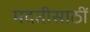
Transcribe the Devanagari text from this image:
मदतीसाठीं